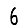
Digit: 6